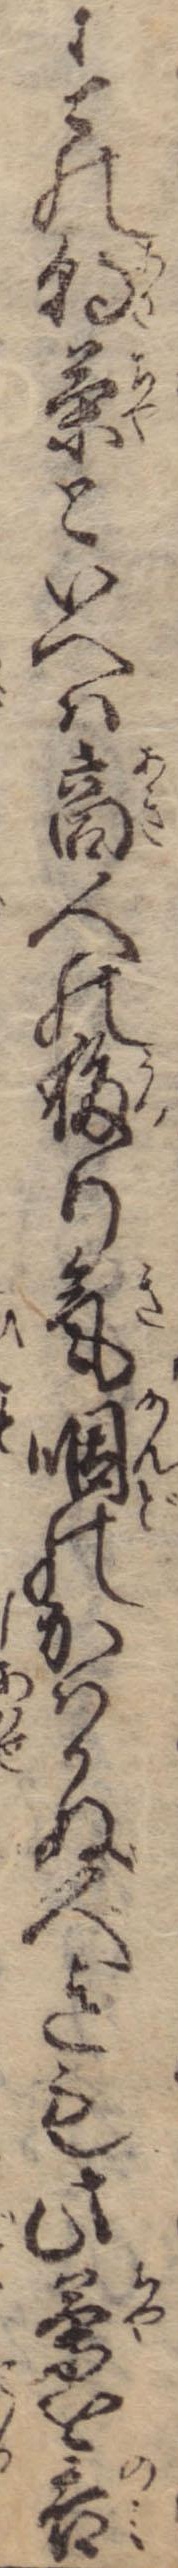
すの朝茶といへは商人の移り気咽のかはかぬ人迄も此茶を呑